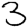
Digit: 3